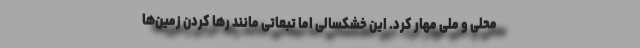
محلی و ملی مهار کرد. این خشکسالی اما تبعاتی مانند رها کردن زمین‌ها